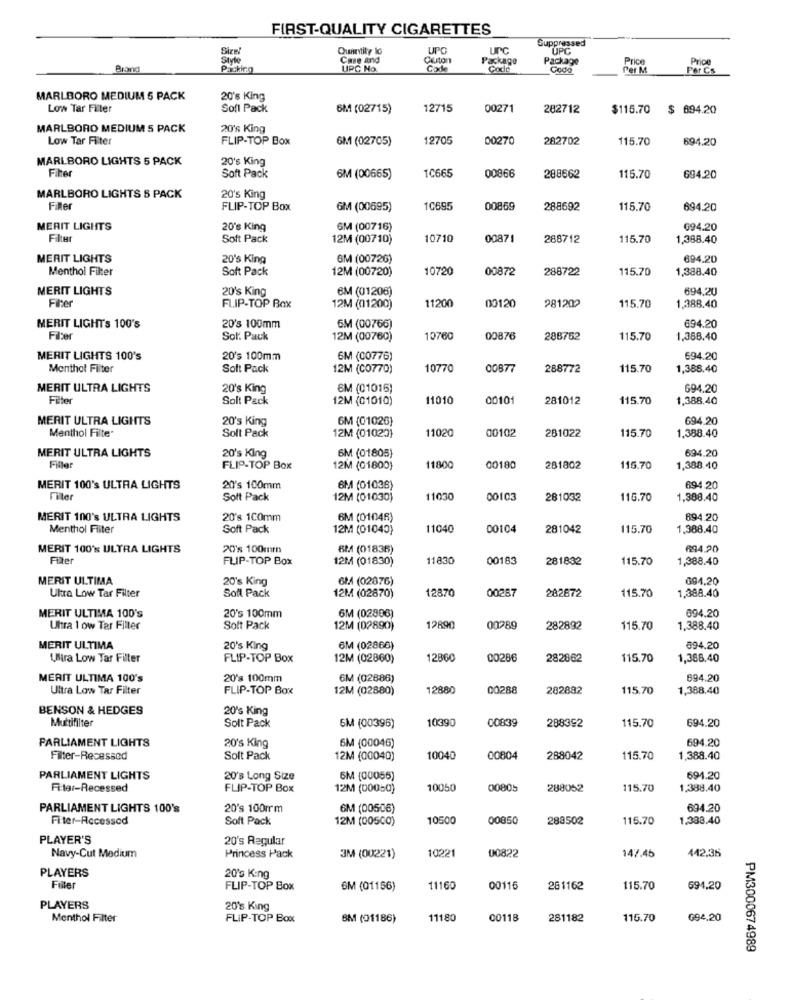
FIRST-QUALITY CIGARETTES
Suppressed
Quantity 10
UPO
uPc
UPC
Style
Case and
Package
Package
Price
Price
Packing
UPC No.
Code
Codo
Codo
Per M
Per CS
MARLBORO MEDIUM 5 PACK
20's King
Low Tar Filter
Sofi Pack
6M (02715)
12715
00271
282712
$115.70
$ 694.20
MARLBORO MEDIUM 5 PACK
20'% King
Low Tar Filter
FLIP-TOP Box
6M (02705)
12705
00270
282702
115.70
694.20
MARLBORO LIGHTS 5 PACK
20's King
Filter
10665
00866
Soft Pack
6M (00665)
288662
115.70
694.20
MARLBORO LIGHTS 5 PACK
20's King
Filler
FLIP-TOP Box
GM (00695)
10695
00869
288692
115.70
694.20
MERIT LIGHTS
20's King
GM (00716)
694.20
Filter
Soft Pack
12M (00710)
10710
00871
288712
115.70
1,388.40
MERIT LIGHTS
20's King
GM (00726)
694.20
Menthol Filter
Soft Pack
12M (00720)
10720
00872
288722
115.70
1,388.40
MERIT LIGHTS
20's King
6M (01206)
694,20
Filter
1120
00120
281202
115,70
FLIP-TOP Box
12M (01200)
1,388.40
MERIT LIGHTS 100's
20's 100mm
6M (00766)
694.20
Filter
Sor. Pack
12M (00760)
10760
00876
288762
115.70
1,368.40
MERIT LIGHTS 100's
20's 100mm
6M (00776)
694.20
Menthol Filter
Soft Pack
12M (00770)
10770
0087
288772
115.70
1,388,40
MERIT ULTRA LIGHTS
20's King
6M (01016)
694.20
Filter
Solt Pack
12M (01010)
11010
0010
281012
115.70
1,388.40
MERIT ULTRA LIGHTS
20's King
6M (01026)
694.20
Menthol Filte
1102
00102
281022
115.70
Solt Pack
12M (01023)
1.388.40
MERIT ULTRA LIGHTS
6M (01805)
694.20
20's King
Filler
FLIP-TOP Box
12M (01800)
1180
00180
281802
115.70
1,388.40
MERIT 100's ULTRA LIGHTS
20's 100mm
6M (01036)
694.20
Filler
Soft Pack
12M (01030)
11030
00103
281032
115.70
1,388.40
MERIT 100's ULTRA LIGHTS
20's 100mm
6M (01046)
894.20
Menthol Filter
Soft Pack
12M (01040)
11040
00104
281042
115.70
1.388.40
MERIT 100's ULTRA LIGHTS
20's 100mm
6M (01836)
694.20
Filter
FLIP-TOP Box
12M (01830)
11830
00183
281832
115.70
1,388.40
MERIT ULTIMA
20's King
6M (02876)
094.20
Ultra Low Tar Filter
12870
00287
282672
115.70
1,388.40
Soft Pack
12M (02870)
MERIT ULTIMA 100's
20's 100mm
6M (02896)
694.20
Ultra 1 ow Tar Filter
Solt Pack
12M (02890)
12890
00289
282892
115.70
1,388.40
MERIT ULTIMA
20's King
6M (02866)
894.20
Ulira Low Tar Filter
FLIP-TOP Box
12M (02860)
12860
00286
282862
115.70
1,388.40
MERIT ULTIMA 100's
20's 100mm
6M (02886)
694.20
Ultra Low Tar Filter
FLIP-TOP Box
12M (02880)
12880
00288
282882
115.70
1,388.40
BENSON & HEDGES
20's King
Muttifilter
10390
00839
288392
115.70
694.20
Solt Pack
5M (00396)
PARLIAMENT LIGHTS
694.20
20's King
6M (00046)
Filter-Recessed
Solt Pack
12M (00040)
10040
00804
288042
115.70
1,388.40
PARLIAMENT LIGHTS
20's Long Size
6M (00056)
694.20
Fi ter-Recessed
FLIP-TOP Box
12M (00050)
10050
00805
288052
115.70
1,388.40
PARLIAMENT LIGHTS 100's
20's 100mm
6M (00506)
694.20
Fi ter-Accessod
Soft Pack
12M (00500)
1050
00850
288502
115.70
1,388.40
PLAYER'S
20's Regular
10221
00822
147.45
442.35
Navy-Cut Medium
Princess Pack
3M (00221)
PLAYERS
20's King
Filler
FLIP-TOP Box
GM (01156)
11160
00116
261162
115.70
694,20
PLAYERS
20's King
Menthol Filter
FLIP-TOP Box
BM (01186)
11180
00118
281182
115.70
G94,20
PM3000674989